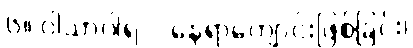
၆။ ဝါသာဂါရ = နေရာကျောင်းဖြစ်ခြင်း၊